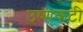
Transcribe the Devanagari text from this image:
उष्णकटी